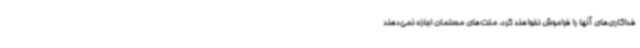
فداکاری‌های آنها را فراموش نخواهند کرد. ملت‌های مسلمان اجازه نمی‌دهند